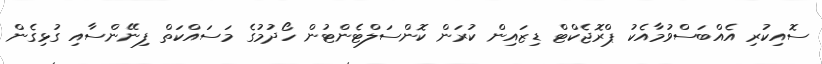
ސޮއިކުރި އެއްބަސްވުމާއެކު ޕްރޮޖެކްޓް ޑިޒައިން ކުރަން ކޮންސަލްޓެންޓުން ހޯދުމުގެ މަސައްކަތް ފިނޭންސާއި ގުޅިގެން